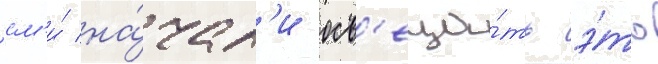
см'и́ на́чал'и осв'еща́ть э́то